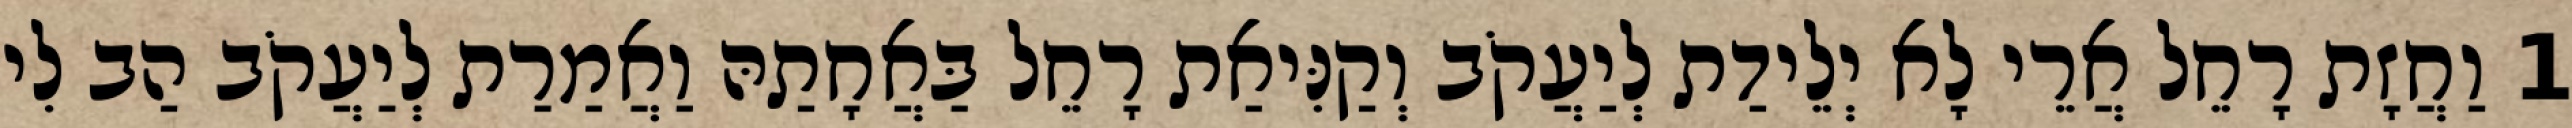
1 וַחֲזָת רָחֵל אֲרֵי לָא יְלֵידַת לְיַעֲקֹב וְקַנִּיאַת רָחֵל בַּאֲחָתַהּ וַאֲמַרַת לְיַעֲקֹב הַב לִי